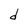
Character: d